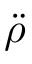
\boldsymbol { \ddot { \rho } }